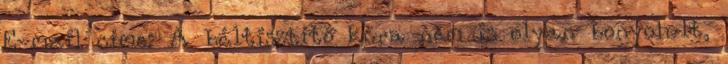
E-mail címe: A béltisztító kúra nem is olyan bonyolult,